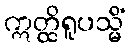
ဣတ္ထိရူပသ္မိံ